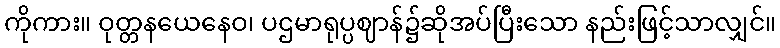
ကိုကား။ ဝုတ္တနယေနေဝ၊ ပဌမာရုပ္ပဈာန်၌ဆိုအပ်ပြီးသော နည်းဖြင့်သာလျှင်။